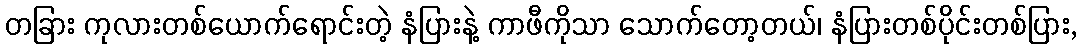
တခြား ကုလားတစ်ယောက်ရောင်းတဲ့ နံပြားနဲ့ ကာဖီကိုသာ သောက်တော့တယ်၊ နံပြားတစ်ပိုင်းတစ်ပြား,